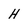
Character: H